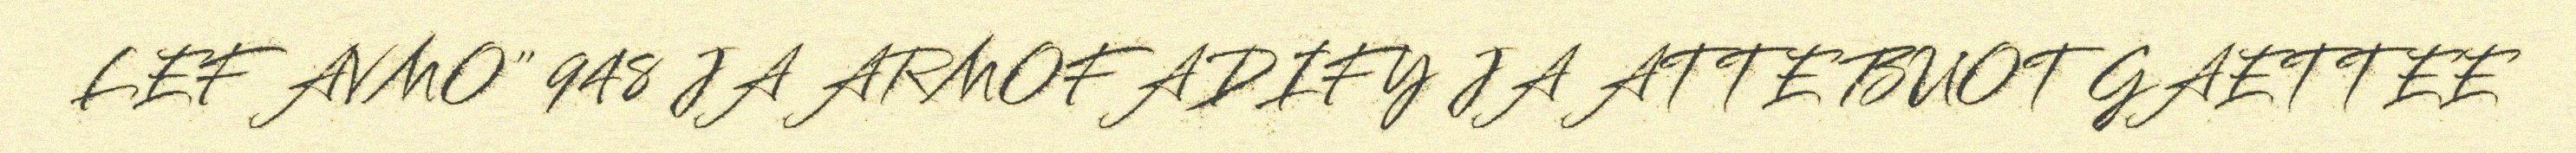
LEF AVMO" 948 JA ARMOFADIFY JA ATTE BUOT GAETTEE